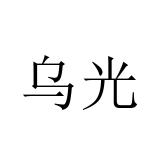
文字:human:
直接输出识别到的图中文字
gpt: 乌光